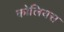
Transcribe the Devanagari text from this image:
कोलियस